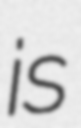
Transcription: is